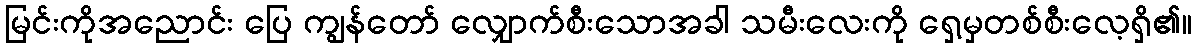
မြင်းကိုအညောင်း ပြေ ကျွန်တော် လျှောက်စီးသောအခါ သမီးလေးကို ရှေ့မှတစ်စီးလေ့ရှိ၏။